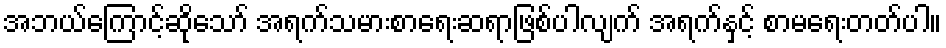
အဘယ်ကြောင့်ဆိုသော် အရက်သမားစာရေးဆရာဖြစ်ပါလျက် အရက်နှင့် စာမရေးတတ်ပါ။